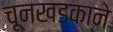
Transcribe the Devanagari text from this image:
चूनखडकाने